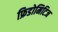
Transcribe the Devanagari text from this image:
फ्रिडोमिटिज